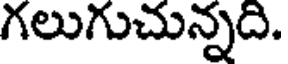
గలుగుచున్నది.